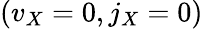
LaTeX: (v_{X}=0,j_{X}=0)